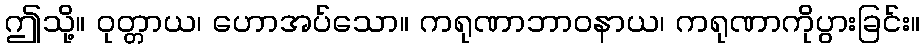
ဤသို့။ ဝုတ္တာယ၊ ဟောအပ်သော။ ကရုဏာဘာဝနာယ၊ ကရုဏာကိုပွားခြင်း။